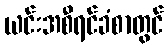
ယင်းအစီရင်ခံစာတွင်